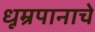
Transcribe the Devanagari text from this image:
धूम्रपानाचे